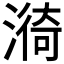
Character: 𭲆